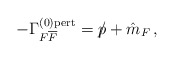
\begin{align*}-\Gamma^{(0){\rm{pert}}}_{F{\overline{F}}} = p{\hspace{-0.2cm}/} +\hat{m}_{F} \, ,\end{align*}